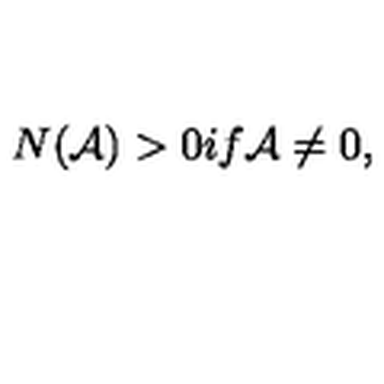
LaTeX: N ( { \cal A } ) > 0 i f { \cal A } \neq 0 ,